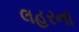
લહરના